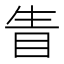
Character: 眚